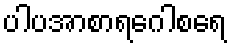
ပါပအာစာရဂေါစရေ